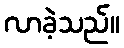
လာခဲ့သည်။